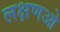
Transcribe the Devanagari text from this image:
लक्षणओ